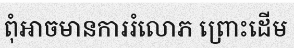
ពុំអាចមានការរំលោភ ព្រោះដើម